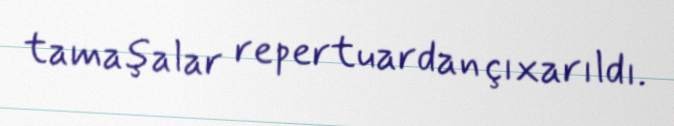
tamaşalar repertuardan çıxarıldı.